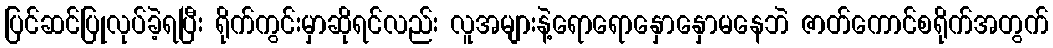
ပြင်ဆင်ပြုလုပ်ခဲ့ရပြီး ရိုက်ကွင်းမှာဆိုရင်လည်း လူအများနဲ့ရောရောနှောနှောမနေဘဲ ဇာတ်ကောင်စရိုက်အတွက်